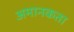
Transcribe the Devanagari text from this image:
अमानकता